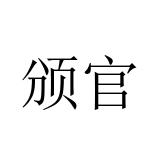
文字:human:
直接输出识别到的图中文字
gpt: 颁官